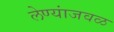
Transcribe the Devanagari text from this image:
लेण्यांजवळ